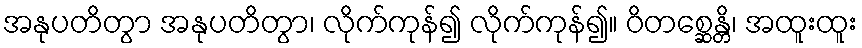
အနုပတိတွာ အနုပတိတွာ၊ လိုက်ကုန်၍ လိုက်ကုန်၍။ ဝိတစ္ဆေန္တိ၊ အထူးထူး